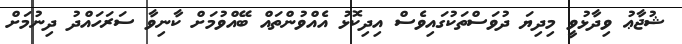
ޝުޖާޢު ވިދާޅުވީ މިދިޔަ ދުވަސްތަކުގައިވެސް އިދިކޮޅު އެއްވުންތައް ބޭއްވުމަށް ކާނިވާ ސަރަހައްދު ދިނުމަށް